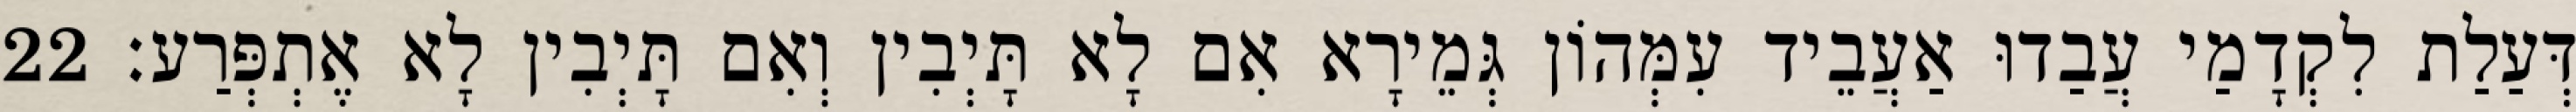
דְּעַלַת לִקְדָמַי עֲבַדוּ אַעֲבֵיד עִמְּהוֹן גְּמֵירָא אִם לָא תָּיְבִין וְאִם תָּיְבִין לָא אֶתְפְּרַע׃ 22